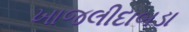
ખાજલીદાબડા